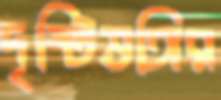
দৃষ্টিভঙ্গির